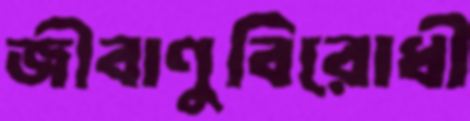
জীবাণুবিরোধী